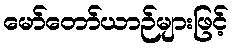
မော်တော်ယာဉ်များဖြင့်